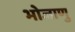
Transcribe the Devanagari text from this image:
भोजाणु